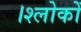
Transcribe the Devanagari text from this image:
।श्लोकों